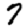
Digit: 7